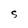
Character: S